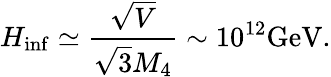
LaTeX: H_{\mathrm{inf}}\simeq\frac{\sqrt{V}}{\sqrt{3}M_{4}}\sim 10^{12}\mathrm{GeV}.